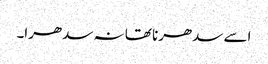
اسے سدھرنا تھا نہ سدھرا۔